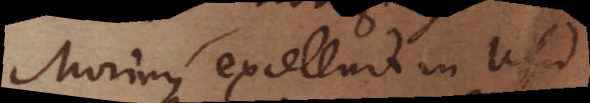
Morinus excelluit in usu